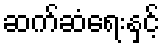
ဆက်ဆံရေးနှင့်